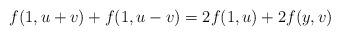
LaTeX: \begin{align*}f(1,u+v)+f(1,u-v)=2 f(1,u) + 2 f(y,v)\end{align*}